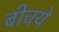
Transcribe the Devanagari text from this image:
बीचये